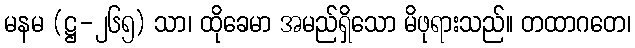
မနမ (ဋ္ဌ-၂၆၅) သာ၊ ထိုခေမာ အမည်ရှိသော မိဖုရားသည်။ တထာဂတေ၊